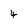
Character: 4